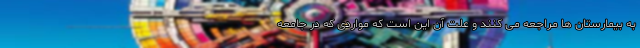
به بیمارستان ها مراجعه می کنند و علت آن این است که مواردی که در جامعه